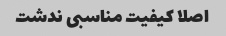
اصلا کیفیت مناسبی ندشت